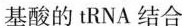
基因基酸的tRNA结合